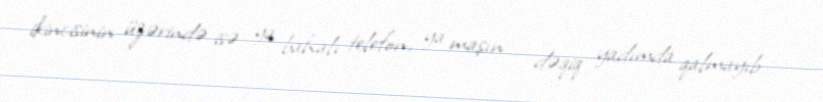
ikincisinin üzərində isə ya bahalı telefon, ya maşın - dəqiq yadımda qalmayıb -